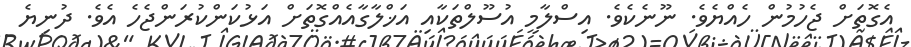
އެގޮތަށް ޖެހުމުން ހެއްޔެވެ. ނޫނެކެވެ. އިސްލާމީ އުސޫލްތަކާއި އަޚްލާގާއެއްގޮތަށް އަޅުކަންކުރަންޖެހެ އެވެ. ދުނިޔެ